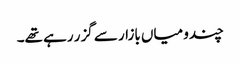
چندو میاں بازار سے گزر رہے تھے۔